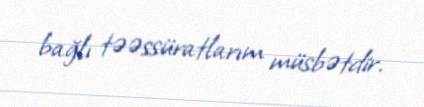
bağlı təəssüratlarım müsbətdir.